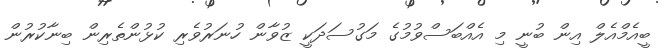
ބީއެމްއެލް އިން ބުނީ މި އެއްބަސްވުމުގެ މަގުސަދަކީ ޒުވާން ހުނަރުވެރި ކުޅުންތެރިން ބިނާކުރުން